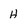
Character: H